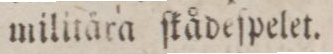
militära ſkådeſpelet.